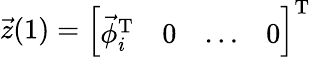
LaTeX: \vec{z}(1)=\left[\begin{array}{llll}{\vec{\phi}_{i}^{\mathrm{T}}}&{0}&{\ldots}&{0}\end{array}\right]^{\mathrm{T}}